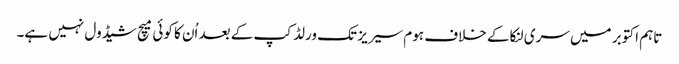
تاہم اکتوبر میں سری لنکا کے خلاف ہوم سیریز تک ورلڈ کپ کے بعد اُن کا کوئی میچ شیڈول نہیں ہے۔